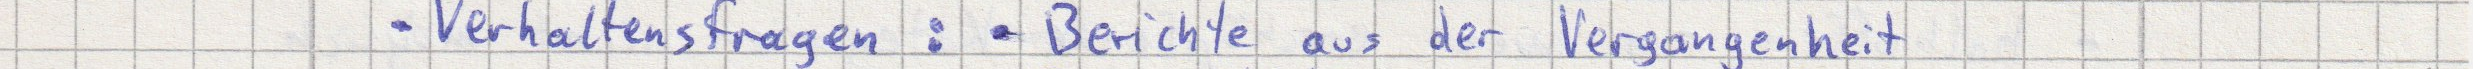
- Verhaltensfragen: Berichte aus der Vergangenheit